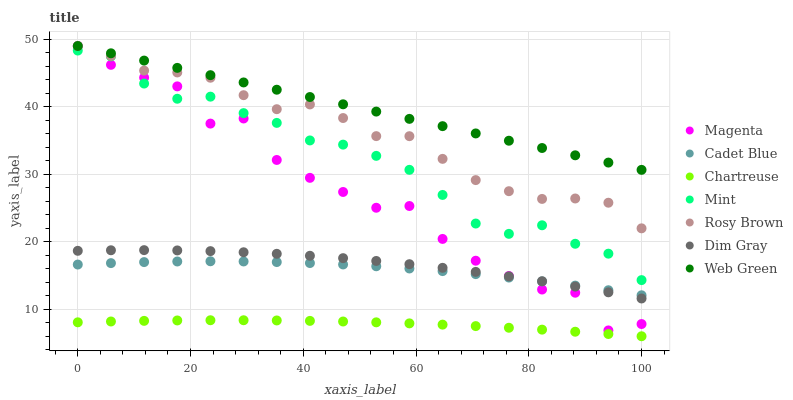
| xaxis_label | Magenta | Cadet Blue | Chartreuse | Mint | Rosy Brown | Dim Gray | Web Green |
 | --- | --- | --- | --- | --- | --- | --- | --- |
 | 0 | 49 | 16.6 | 8.06 | 48.3 | 49 | 18.7 | 49 |
 | 5.88 | 46.2 | 16.8 | 8.19 | 47.5 | 47.5 | 18.7 | 47.9 |
 | 11.8 | 44.3 | 17 | 8.28 | 43.4 | 45.4 | 18.8 | 46.8 |
 | 17.6 | 43 | 17.1 | 8.34 | 41.2 | 45.1 | 18.7 | 45.8 |
 | 23.5 | 37.5 | 17.1 | 8.37 | 41.5 | 44.3 | 18.6 | 44.7 |
 | 29.4 | 38.3 | 17.1 | 8.37 | 39.1 | 41.7 | 18.4 | 43.6 |
 | 35.3 | 32.1 | 17 | 8.34 | 37.6 | 39.6 | 18.2 | 42.5 |
 | 41.2 | 29.5 | 16.8 | 8.28 | 35 | 40.3 | 17.9 | 41.4 |
 | 47.1 | 27.4 | 16.6 | 8.19 | 34.4 | 38.3 | 17.6 | 40.4 |
 | 52.9 | 25 | 16.4 | 8.06 | 32.7 | 35.6 | 17.2 | 39.3 |
 | 58.8 | 25.3 | 16 | 7.91 | 30.7 | 35.6 | 16.7 | 38.2 |
 | 64.7 | 20.4 | 15.7 | 7.72 | 26.9 | 32.3 | 16.1 | 37.1 |
 | 70.6 | 17.2 | 15.2 | 7.51 | 22.7 | 29.1 | 15.5 | 36 |
 | 76.5 | 14.9 | 14.7 | 7.26 | 21.2 | 27.5 | 14.9 | 35 |
 | 82.4 | 12.9 | 14.1 | 6.98 | 22.4 | 26.3 | 14.1 | 33.9 |
 | 88.2 | 12.4 | 13.5 | 6.67 | 19.7 | 26.4 | 13.4 | 32.8 |
 | 94.1 | 6.86 | 12.8 | 6.33 | 18.2 | 25.8 | 12.5 | 31.7 |
 | 100 | 7.81 | 12.1 | 6 | 14.3 | 22 | 11.6 | 30.7 |